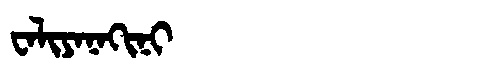
Manchu: ᠸᠠᠯᡳᠶᠠᠨᠠᡴᡳᠨᡳ
Romanization: WALIYANAKINI